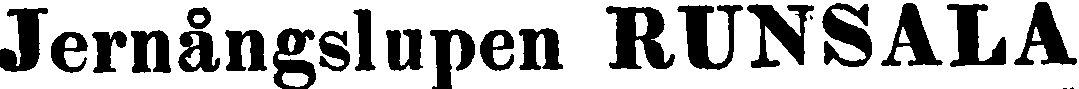
Jernångslupen RUNSALA